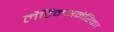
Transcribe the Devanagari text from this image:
लैटिनअमेरिका